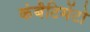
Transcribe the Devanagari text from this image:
कंबैटिमेंटो